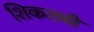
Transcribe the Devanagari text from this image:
शिकतथी